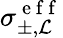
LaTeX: \sigma_{\pm,\mathcal{L}}^{\mathrm{{~e~f~f~}}}